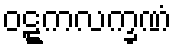
ဝဋ္ဋကလက္ခဏံ